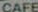
CAFE